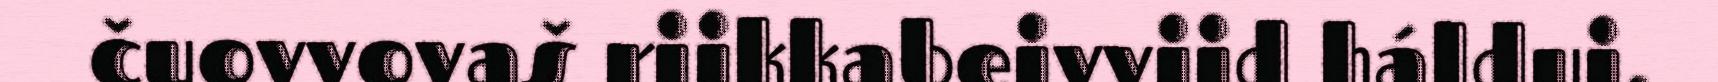
čuovvovaš riikkabeivviid háldui.